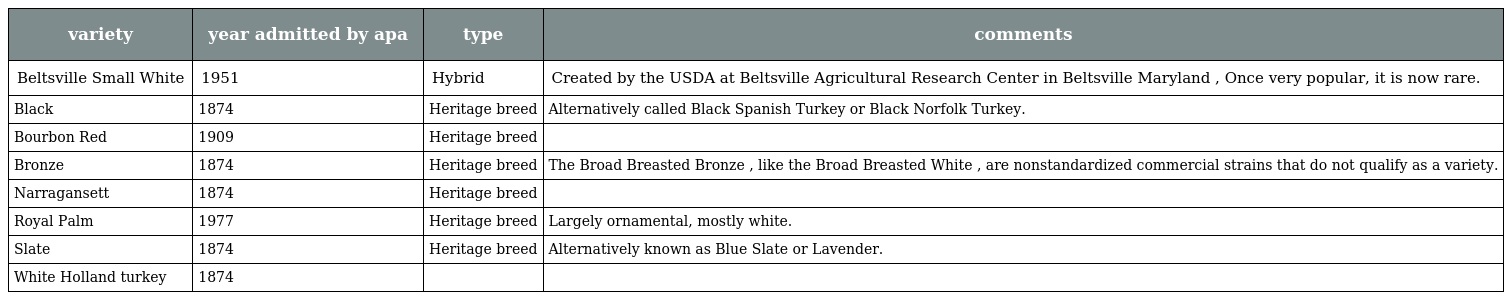
| variety | year admitted by apa | type | comments |
 | --- | --- | --- | --- |
 | Beltsville Small White | 1951 | Hybrid | Created by the USDA at Beltsville Agricultural Research Center in Beltsville Maryland , Once very popular, it is now rare. |
 | Black | 1874 | Heritage breed | Alternatively called Black Spanish Turkey or Black Norfolk Turkey. |
 | Bourbon Red | 1909 | Heritage breed |  |
 | Bronze | 1874 | Heritage breed | The Broad Breasted Bronze , like the Broad Breasted White , are nonstandardized commercial strains that do not qualify as a variety. |
 | Narragansett | 1874 | Heritage breed |  |
 | Royal Palm | 1977 | Heritage breed | Largely ornamental, mostly white. |
 | Slate | 1874 | Heritage breed | Alternatively known as Blue Slate or Lavender. |
 | White Holland turkey | 1874 |  |  |